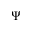
\Psi